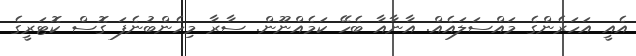
އެއީ އަހަރެންގެ މައްސަލައެއް. އާނާއާ ބެހޭ ކަމެއްނޫން. ސާރާ މިހެންބުނެފަ ގޮސް ކޮޓަރީގެ